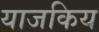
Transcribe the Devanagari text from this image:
याजकिय